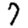
Digit: 7